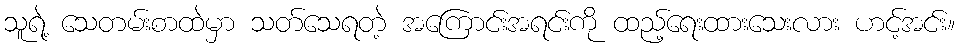
သူရဲ့ သေတမ်းစာထဲမှာ သတ်သေရတဲ့ အကြောင်းအရင်းကို ထည့်ရေးထားသေးလား ဟင့်အင်း။